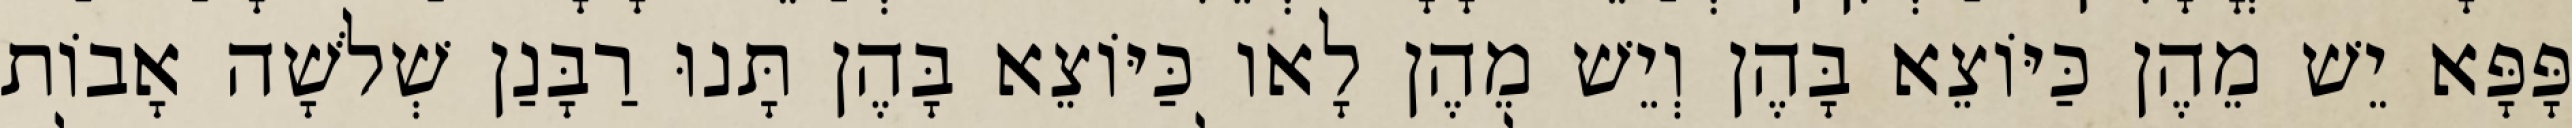
פָּפָּא יֵשׁ מֵהֶן כַּיּוֹצֵא בָּהֶן וְיֵשׁ מֵהֶן לָאו כַּיּוֹצֵא בָּהֶן תָּנוּ רַבָּנַן שְׁלֹשָׁה אָבוֹת